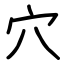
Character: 穴